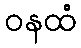
ဝနထံ